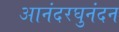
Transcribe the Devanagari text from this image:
आनंदरघुनंदन